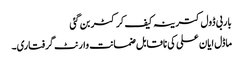
باربی ڈول کترینہ کیف کرکٹر بن گئی
ماڈل ایان علی کی ناقابل ضمانت وارنٹ گرفتاری۔